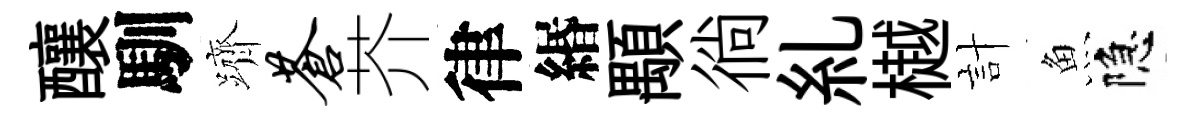
釀馴躋苍芥律緡顒徜糺樾計魚隐